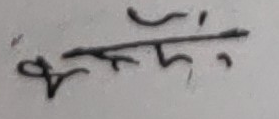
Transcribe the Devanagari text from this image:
कँन्दं